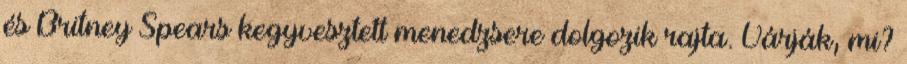
és Britney Spears kegyvesztett menedzsere dolgozik rajta. Várják, mi?